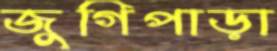
জুগিপাড়া